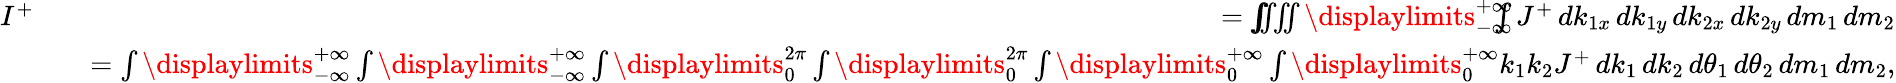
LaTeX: \begin{array}{rlr}{I^{+}}&{}&{=\int\! \! \! \! \! \iiiint\displaylimits_{-\infty}^{+\infty}\! \! \! \! \! \int J^{+}\, dk_{1x}\, dk_{1y}\, dk_{2x}\, dk_{2y}\, dm_{1}\, dm_{2}}\\ &{}&{=\int\displaylimits_{-\infty}^{+\infty}\int\displaylimits_{-\infty}^{+\infty}\int\displaylimits_{0}^{2\pi}\int\displaylimits_{0}^{2\pi}\int\displaylimits_{0}^{+\infty}\int\displaylimits_{0}^{+\infty}k_{1}k_{2}J^{+}\, dk_{1}\, dk_{2}\, d\theta_{1}\, d\theta_{2}\, dm_{1}\, dm_{2},}\end{array}